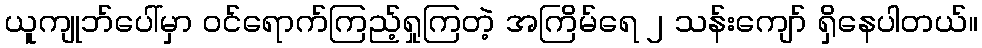
ယူကျုဘ်ပေါ်မှာ ဝင်ရောက်ကြည့်ရှုကြတဲ့ အကြိမ်ရေ ၂ သန်းကျော် ရှိနေပါတယ်။